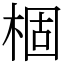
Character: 棝